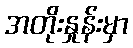
အတိုးနှုန်းမှာ